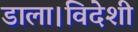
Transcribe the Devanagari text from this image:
डाला।विदेशी